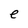
Character: e